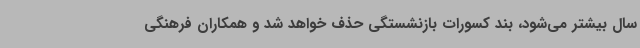
سال بیشتر می‌شود، بند کسورات بازنشستگی حذف خواهد شد و همکاران فرهنگی